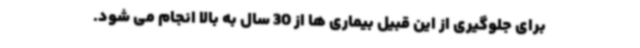
برای جلوگیری از این قبیل بیماری ها از 30 سال به بالا انجام می شود.